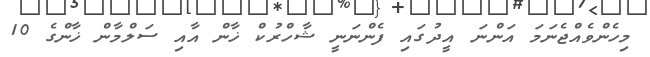
މިހެންވެއްޖެނަމަ އަންނަ އީދުގައި ފެންނަނީ ޝާހްރުކް ޚާން އާއި ސަލްމާން ޚާންގެ 10